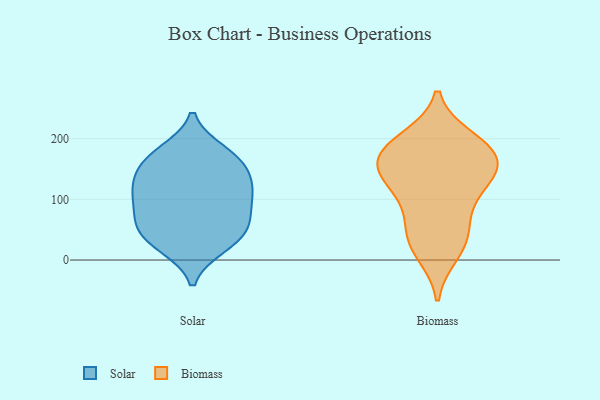
{"axis": {"x": "Revenue (USD Million)", "y": "Value"}, "legend": ["Biomass", "Solar"], "data": [{"x": "", "y": 118, "type": "Solar"}, {"x": "", "y": 179, "type": "Solar"}, {"x": "", "y": 143, "type": "Solar"}, {"x": "", "y": 23, "type": "Solar"}, {"x": "", "y": 72, "type": "Solar"}, {"x": "", "y": 174, "type": "Solar"}, {"x": "", "y": 47, "type": "Solar"}, {"x": "", "y": 167, "type": "Solar"}, {"x": "", "y": 105, "type": "Solar"}, {"x": "", "y": 124, "type": "Solar"}, {"x": "", "y": 156, "type": "Solar"}, {"x": "", "y": 116, "type": "Solar"}, {"x": "", "y": 64, "type": "Solar"}, {"x": "", "y": 39, "type": "Solar"}, {"x": "", "y": 22, "type": "Solar"}, {"x": "", "y": 96, "type": "Solar"}, {"x": "", "y": 62, "type": "Solar"}, {"x": "", "y": 199, "type": "Biomass"}, {"x": "", "y": 39, "type": "Biomass"}, {"x": "", "y": 159, "type": "Biomass"}, {"x": "", "y": 165, "type": "Biomass"}, {"x": "", "y": 189, "type": "Biomass"}, {"x": "", "y": 104, "type": "Biomass"}, {"x": "", "y": 67, "type": "Biomass"}, {"x": "", "y": 132, "type": "Biomass"}, {"x": "", "y": 151, "type": "Biomass"}, {"x": "", "y": 12, "type": "Biomass"}, {"x": "", "y": 31, "type": "Biomass"}, {"x": "", "y": 121, "type": "Biomass"}, {"x": "", "y": 164, "type": "Biomass"}, {"x": "", "y": 188, "type": "Biomass"}]}